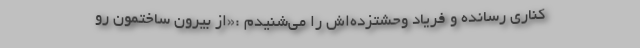
کناری رسانده و فریاد وحشتزده‌اش را می‌شنیدم :«از بیرون ساختمون رو